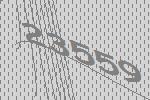
23559